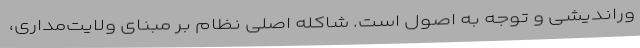
وراندیشی و توجه به اصول است. شاکله اصلی نظام بر مبنای ولایت‌مداری،